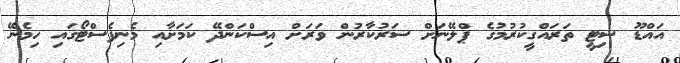
އައްޑޫ ސިޓީ ތަރައްގީކުރުމުގެ ޕްލޭނަށް ސަރުކާރުން ވަަރަށް އިސްކަންދޭ ކަމަށާއި މެނިފެސްޓޯގައި ހިމެނޭ